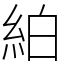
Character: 絈